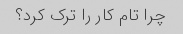
چرا تام کار را ترک کرد؟